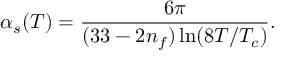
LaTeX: \alpha _ { s } ( T ) = \frac { 6 \pi } { ( 3 3 - 2 n _ { f } ) \ln ( 8 T / T _ { c } ) } .